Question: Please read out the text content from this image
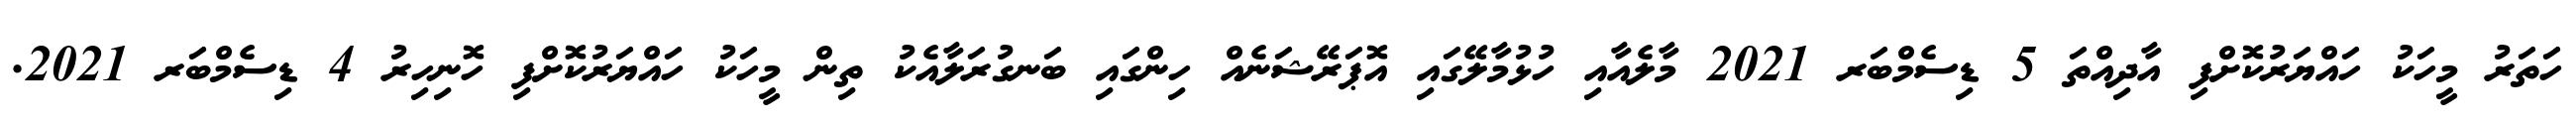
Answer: ހަތަރު މީހަކު ހައްޔަރުކޮށްފި އާދިއްތަ 5 ޑިސެމްބަރ 2021 މާލެއާއި ހުޅުމާލޭގައި އޮޕަރޭޝަނެއް ހިންގައި ބަނގުރަލާއެކު ތިން މީހަކު ހައްޔަރުކޮށްފި ހޮނިހިރު 4 ޑިސެމްބަރ 2021.